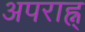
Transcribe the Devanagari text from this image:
अपराह्न्